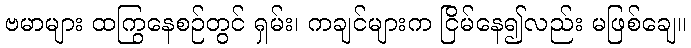
ဗမာများ ထကြွနေစဉ်တွင် ရှမ်း၊ ကချင်များက ငြိမ်နေ၍လည်း မဖြစ်ချေ။